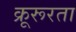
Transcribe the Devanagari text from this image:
क्रूरूरता